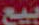
بيع